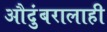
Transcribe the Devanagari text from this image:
औदुंबरालाही